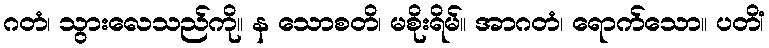
ဂတံ၊ သွားလေသည်ကို။ န သောစတိ၊ မစိုးရိမ်။ အာဂတံ၊ ရောက်သော။ ပတိံ၊